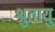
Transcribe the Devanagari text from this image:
श्रुतायु